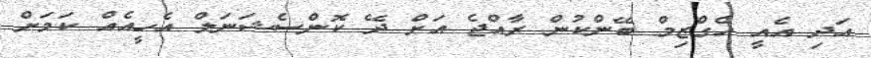
އަދި އެއީ އެގްޒިމް ބޭންކުން ރާއްޖެ އަށް ދޭ ކޮންސެޝަނަލް އެހީއެއް ކަމަށް